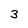
Character: 3